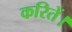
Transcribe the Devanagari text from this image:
करितें।